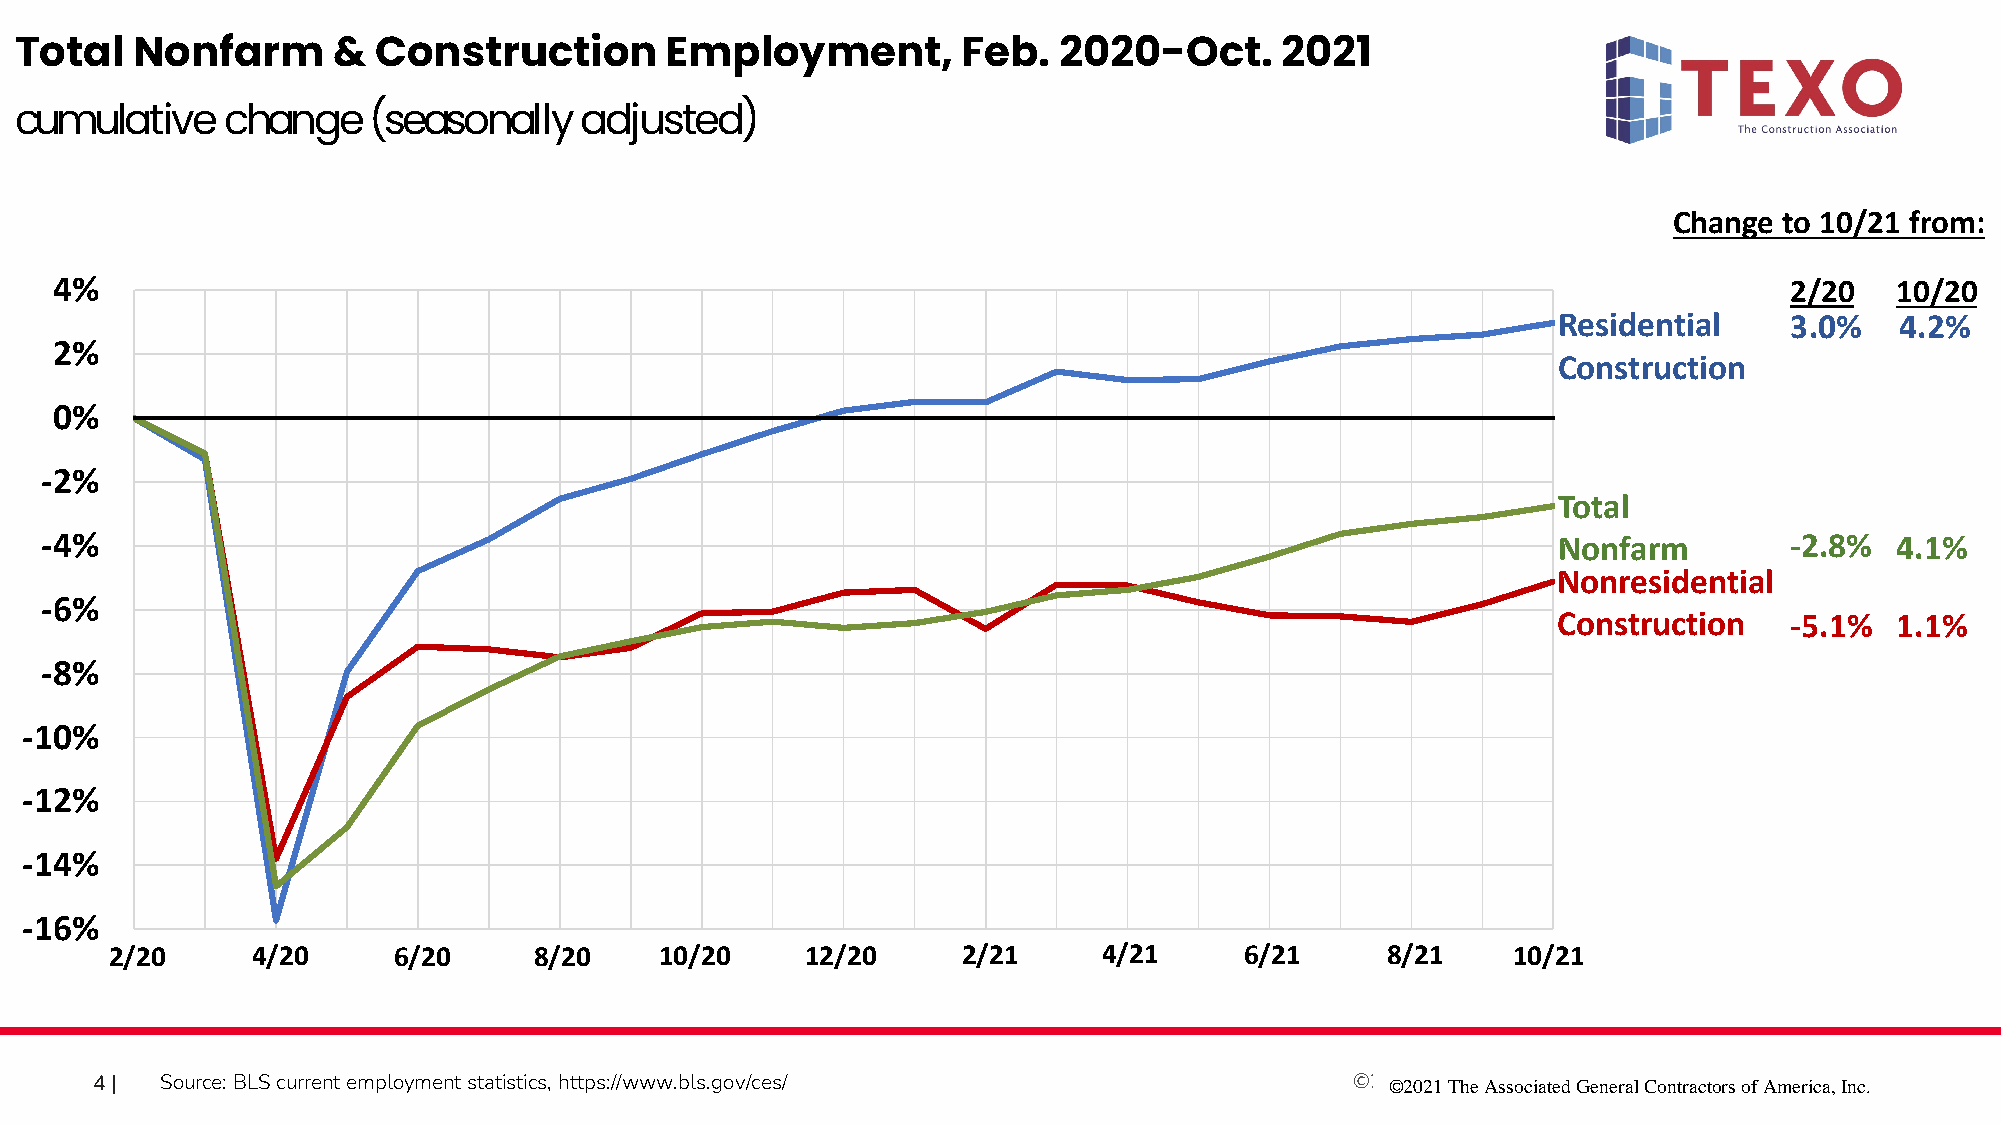
Total   Nonfarm      &  Construction       Employment,         Feb.  2020-Oct.      2021
 cumulative    change   (seasonally   adjusted)
 Change to 10/21 from:
 4%                                                                                                                 2/20   10/20
 Residential    3.0%    4.2%
 2%
 Construction
 0%
 -2%
 Total
 -4%                                                                                                 Nonfarm        -2.8%  4.1%
 Nonresidential
 -6%
 Construction   -5.1%  1.1%
 -8%
 -10%
 -12%
 -14%
 -16%
 2/20      4/20     6/20     8/20     10/20    12/20      2/21     4/21     6/21      8/21    10/21
 4|   Source: BLS current employment statistics, https://www.bls.gov/ces/            ©20©1290 2 T1h Teh eA Assssoocciaiatteedd GGeenneerarla Cl oCnotrnatcrtaocrst oorfs A omf eArimcae, Irnicca. , Inc.